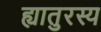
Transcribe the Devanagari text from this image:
ह्यातुरस्य